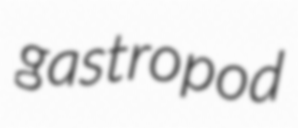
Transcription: gastropod